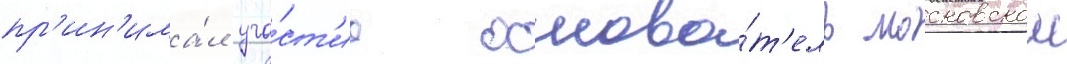
пр'ин'има́л уча́ст'ие основа́т'ель московскои